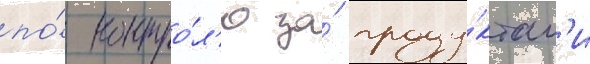
по́ контро́л'ю за́ проду́ктам'и